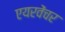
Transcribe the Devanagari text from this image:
एयरवेंचर